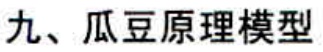
九、瓜豆原理模型